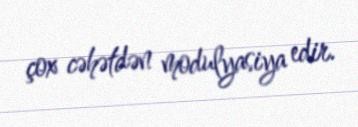
çox cəhətdən modulyasiya edir.